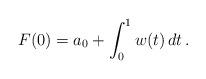
\begin{align*}F(0)= a_0+ \int_0^1 w(t)\,dt \,. \end{align*}